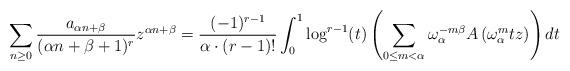
LaTeX: \begin{align*} \sum_{n \geq 0} \frac{a_{\alpha n+\beta}}{(\alpha n + \beta +1)^r} z^{\alpha n+\beta} & = \frac{(-1)^{r-1}}{\alpha \cdot (r-1)!} \int_0^1 \log^{r-1}(t) \left( \sum_{0 \leq m < \alpha} \omega_\alpha^{-m\beta} A\left(\omega_{\alpha}^m tz\right) \right) dt \end{align*}